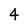
Character: 4